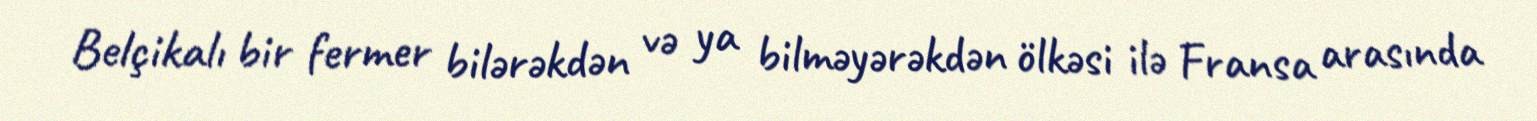
Belçikalı bir fermer bilərəkdən və ya bilməyərəkdən ölkəsi ilə Fransa arasında